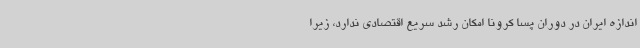
اندازه‌ ایران در دوران پسا کرونا امکان رشد سریع اقتصادی ندارد، زیرا